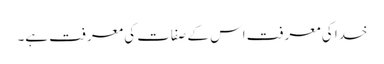
خدا کی معرفت اس کے صفات کی معرفت ہے۔